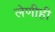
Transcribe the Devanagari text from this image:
लेणीही